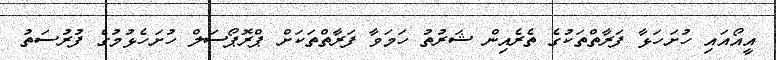
އީއޯއައި ހުށަހަޅާ ފަރާތްތަކުގެ ތެރެއިން ޝަރުތު ހަމަވާ ފަރާތްތަކަށް ޕްރޮޕޯސަލް ހުށަހެޅުމުގެ ފުރުސަތު